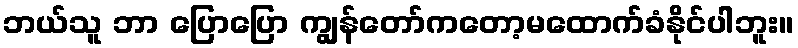
ဘယ်သူ ဘာ ပြောပြော ကျွန်တော်ကတော့မထောက်ခံနိုင်ပါဘူး။